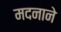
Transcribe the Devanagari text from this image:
मदनाने